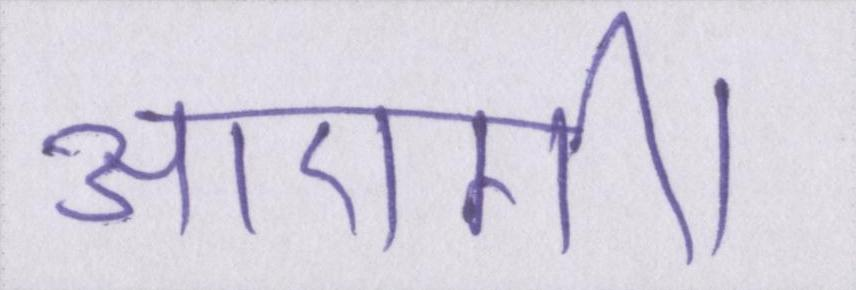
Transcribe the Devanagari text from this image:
आएगी।